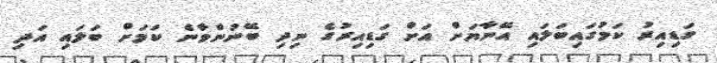
ގަޑިއިރު ކަމުގައިބަލައި އޭނާޔަށް އަށް ގަޑިއިރުގެ ނިދި ބޭނުންވާނެ ކަމަށް ބަލައި އަދި